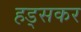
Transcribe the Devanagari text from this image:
हड्सकर